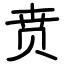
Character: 贲